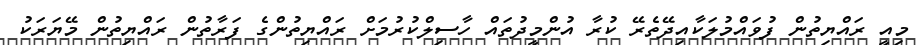
މިއީ ރައްޔިތުން ފުވައްމުލަކާއިދޭތެރޭ ކުރާ އުންމީދުތައް ހާސިލްކުރުމަށް ރައްޔިތުންގެ ފަރާތުން ރައްޔިތުން މޭޔަރަކު